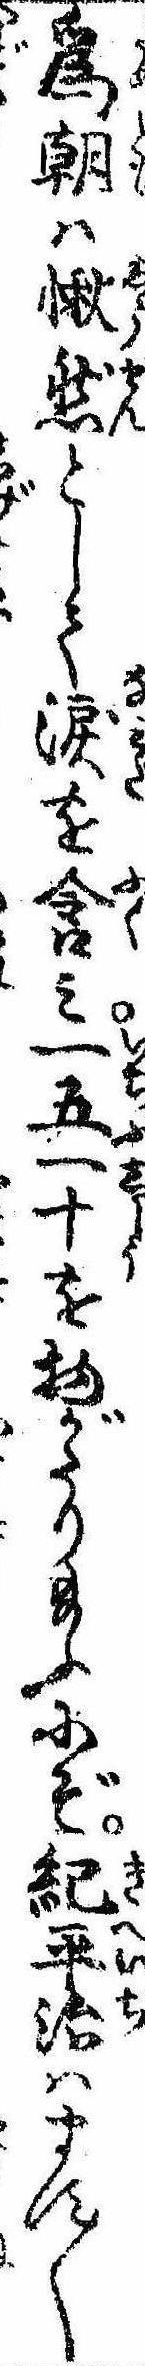
為朝は愀然として涙を含み一五一十を物がたり給ふにぞ紀平治はます〱